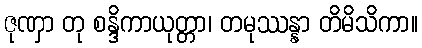
ဇုဏှာ တု စန္ဒိကာယုတ္တာ၊ တမုဿန္နာ တိမိသိကာ။